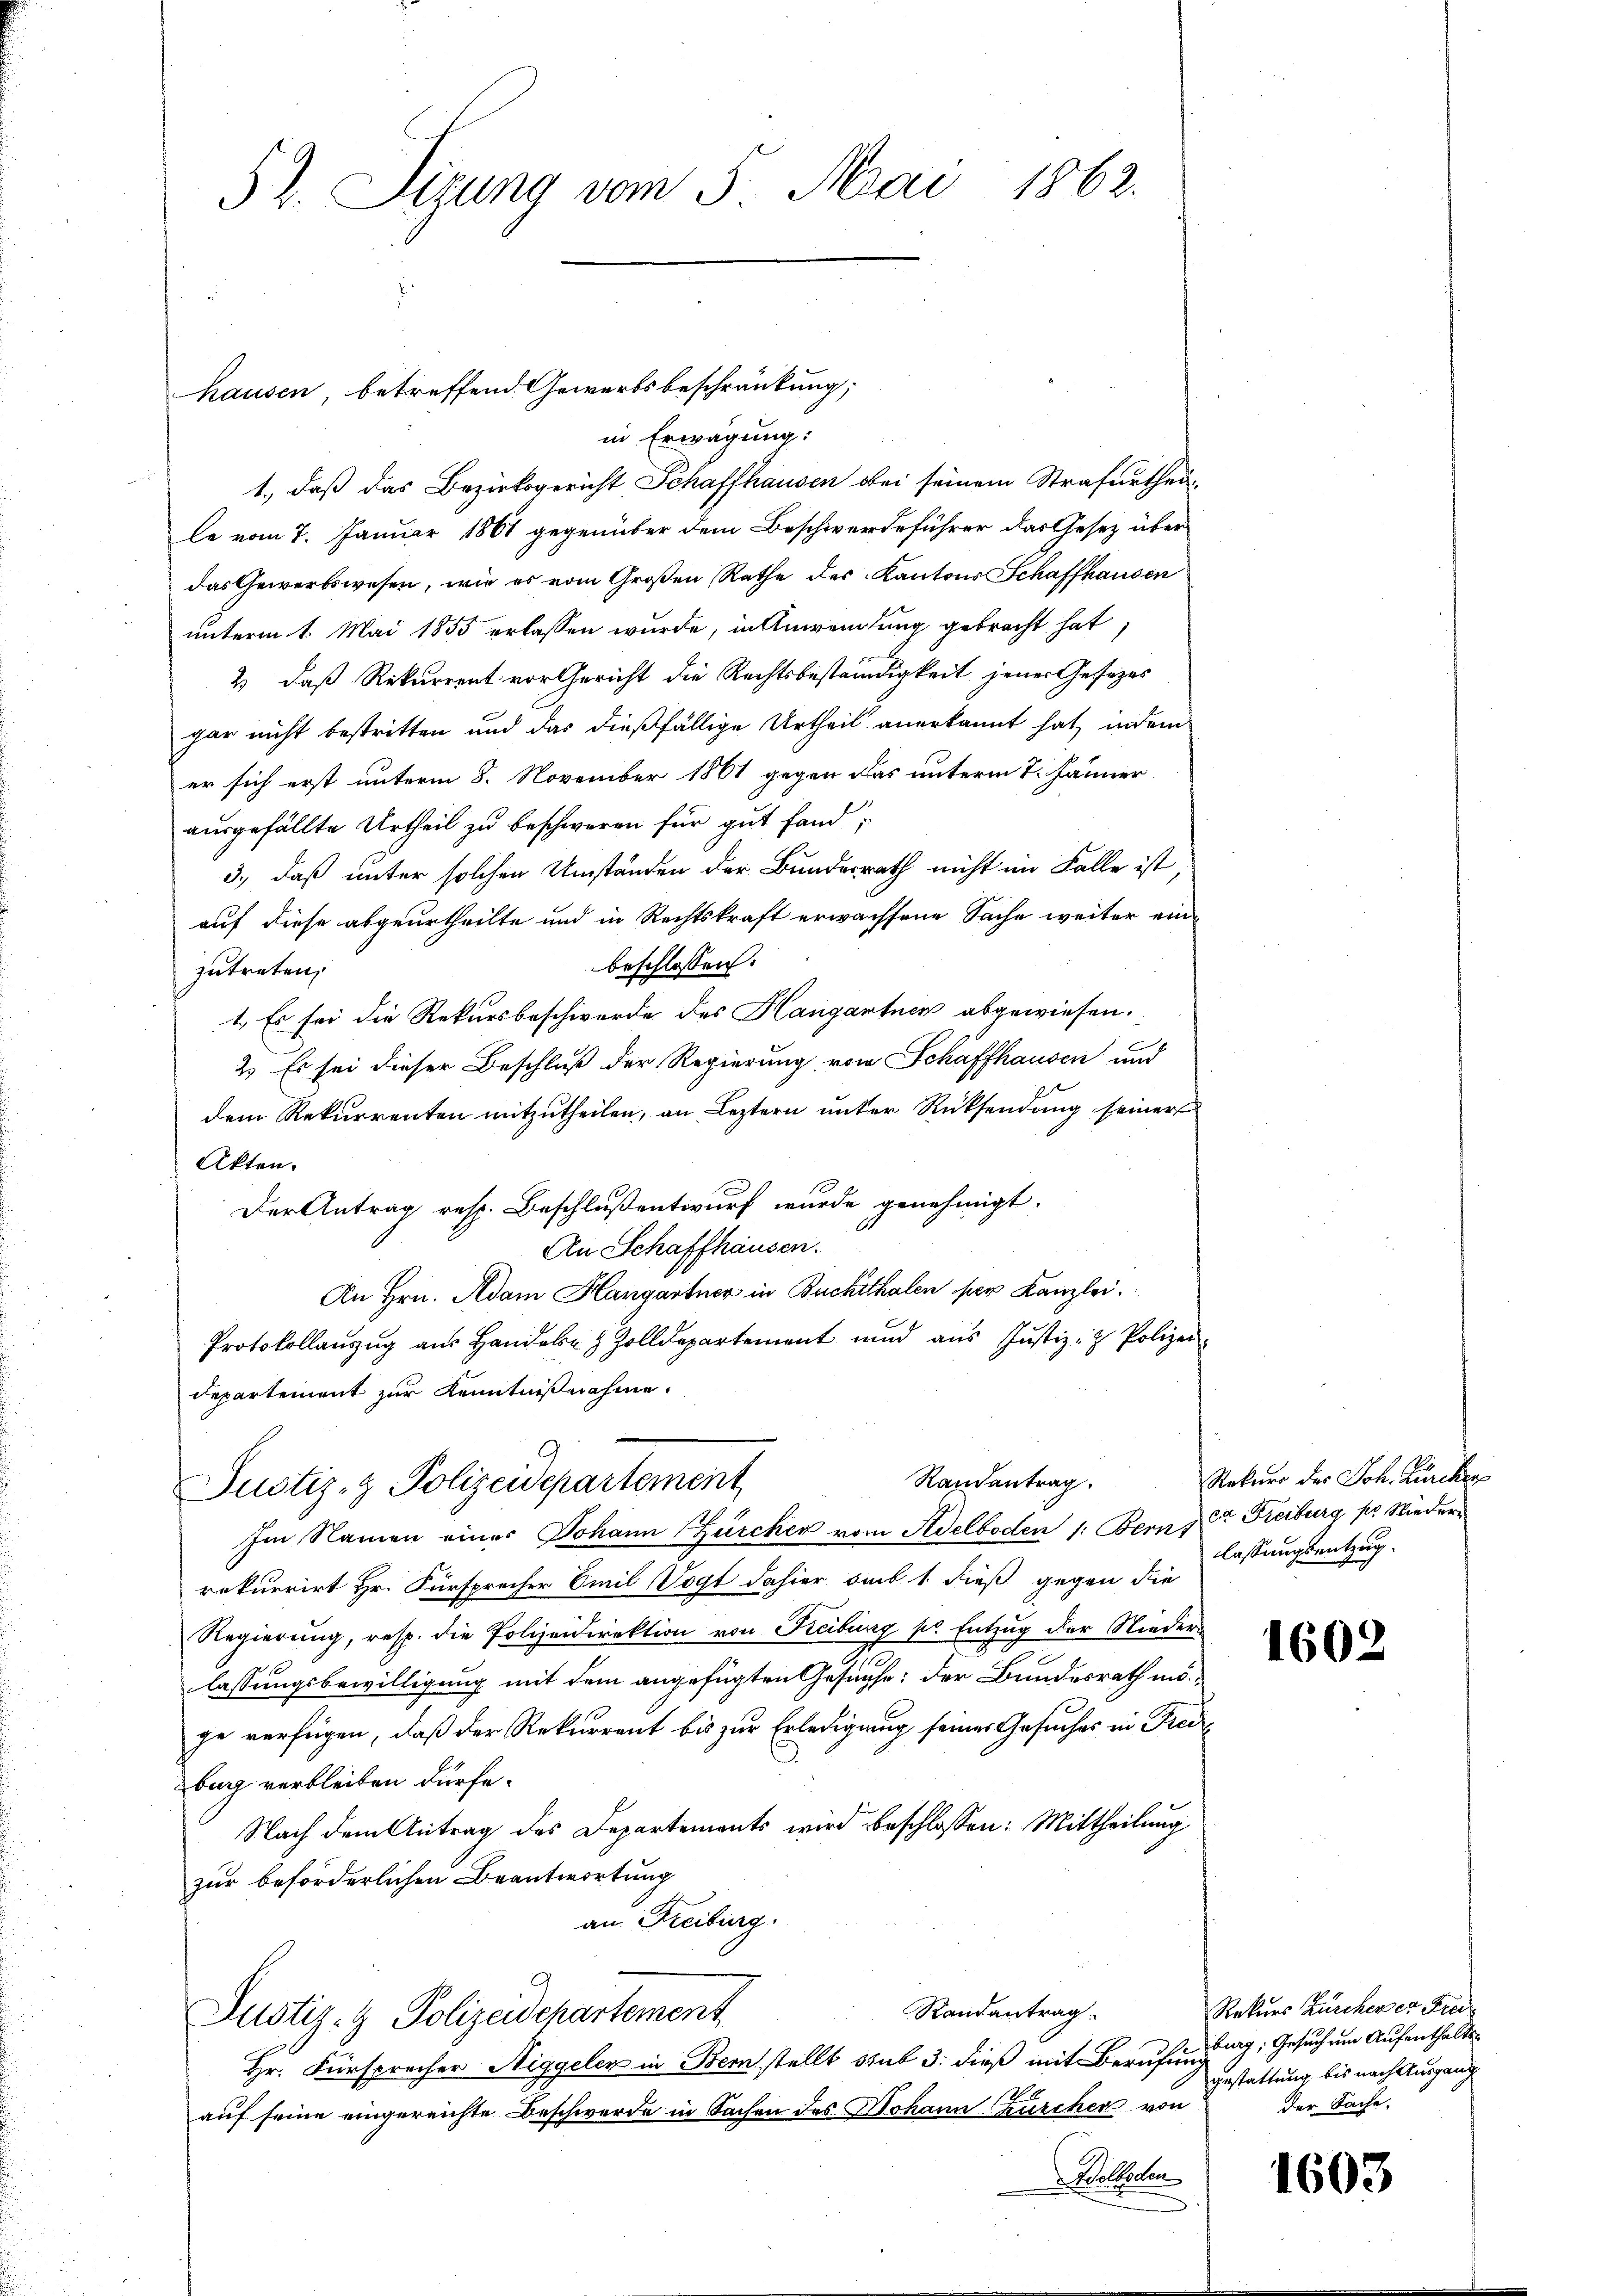
52. Sizung vom 5. Mai 1862.

hausen, betreffend Gewerbsbeschränkung;

in Erwägung:

1., daß das Bezirksgericht Schaffhausen bei seinem Strafurtheile vom 7. Januar 1861 gegenüber dem Beschwerdeführer das Gesetz über
das Gewerbswesen, wie es vom Großen Rathe des Kantons Schaffhausen
unterm 1. Mai 1855 erlassen wurde, in Anwendung gebracht hat,
2) daß Rekurrent vor Gericht die Rechtsbeständigkeit jener Gesezes
gar nicht bestritten und das dießfällige Urtheil anerkannt hat, indem
er sich erst unterm 8. November 1861 gegen das unterm 7. Jänner
ausgefällte Urtheil zu beschweren für gut fand,
3., daß unter solchen Umständen der Bundesrath nicht im Falle ist,
auf diese abgeurtheilte und in Rechtskraft erwachsene Sache weiter einbeschlossen:
zutreten,
1.) Es sei die Rekursbeschwerde des Hangartnen abgewiesen.
2. Es sei dieser Beschluß der Regierung vom Schaffhausen und
dem Rekurrenten mitzutheilen, an Leztern unter Rücksendung seiner
Akten.
Der Antrag resp. Beschluß entwurf wurde genehmigt.
An Schaffhausen.
An Hrn. Adam Hangartner in Buckithalen per Kanzlei.
Protokollanzug aus Hande Zolldepartement und aus Justiz- & Polizei
departement zur Kenntnißnahme.

Randantrag.
Justiz- & Polizeidepartement

Im Namen einer Johann Zürcher vom Adelboden 1: Bern zur Freiburg pr. Wiederrekurrirt Hr. Fürsprecher Emil Vogt dahier sub 1 dieß gegen die
Regierung, resp. die Polizeidirektion von Reiburg pr Entzug der Nieder-
lassungsbewilligung mit dem angefügten Gesuche; der Bundesrath mö
ge verfügen, daß der Rekurrent bis zur Erledigung seines Gesuches in Freiburg verbleiben dürfe.
Nach dem Antrag des Departements wird beschlossen: Mittheilung
zur beförderlichen Beantwortung
an Freiburg.
Randantrag
Justiz- & Polizeidchartement
Hr. Fürsprecher Niggeler in Bernstellt sub 3. dieß mit Berufung
auf seine eingereichte Beschwerde in Sachen des Johann Zürcher von
Woltoden

Rekurs des Joh. Zürcher
lassungsentzug.

1602

Rekurs Zürcherer Freiburg, Gesuch um Aufenthaltsgestattung bis nach Ausgang
der Sache.

1603